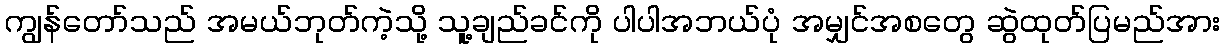
ကျွန်တော်သည် အမယ်ဘုတ်ကဲ့သို့ သူ့ချည်ခင်ကို ပါပါအဘယ်ပုံ အမျှင်အစတွေ ဆွဲထုတ်ပြမည်အား